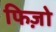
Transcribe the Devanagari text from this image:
फिज़ो